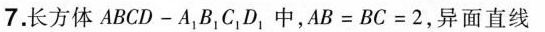
7.长方体 ABCD-A_{1}B_{1} C_{1}D_{1}中, $$ AB= BC = 2 $$ ,异面直线